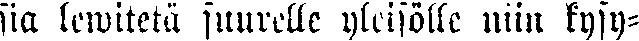
sia lewitetä suurelle yleisölle niin kysy-